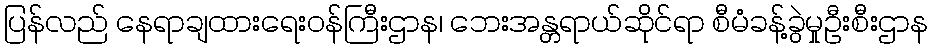
ပြန်လည် နေရာချထားရေးဝန်ကြီးဌာန၊ ဘေးအန္တရာယ်ဆိုင်ရာ စီမံခန့်ခွဲမှုဦးစီးဌာန